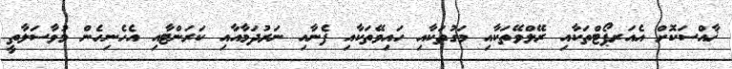
ޚާއްސަކޮށް އެއަރޕޯޓްތަކާއި ރޭލްވޭތަކާއި މަގުތަކާއި ހައިވޭތަކާއި ފެނާއި ނަރުދަމާއާއި ކަރަންޓާއި އެހެނިހެން މުވާސަލާތީ